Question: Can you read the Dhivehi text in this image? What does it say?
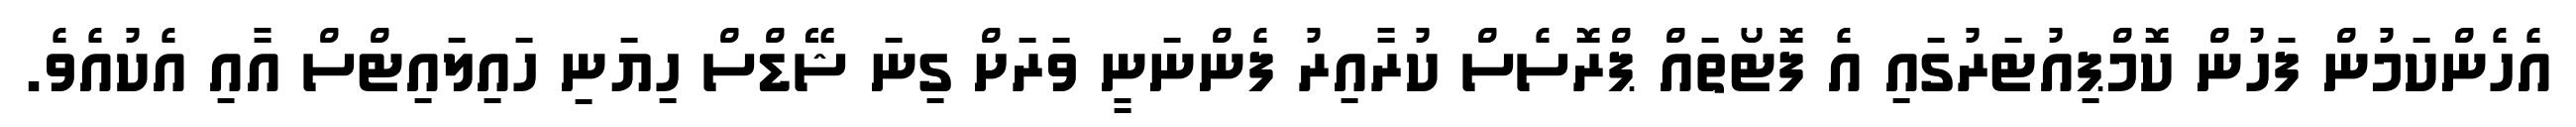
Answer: އެހެންކަމުން ފަހުން ކޮމްޕިއުޓަރުގައި އެ ފޮޓޯތައް ޕްރޮސެސް ކުރާއިރު ފެންނަނީ ވަރަށް ގިނަ ޝޭޑްސް ހިޔަނި ހައިލައިޓްސް އާއި އެކުއެވެ.